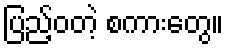
ပြည့်ဝတဲ့ စကားတွေ။